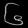
Digit: ၆